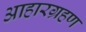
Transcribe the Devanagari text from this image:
आहारग्रहण